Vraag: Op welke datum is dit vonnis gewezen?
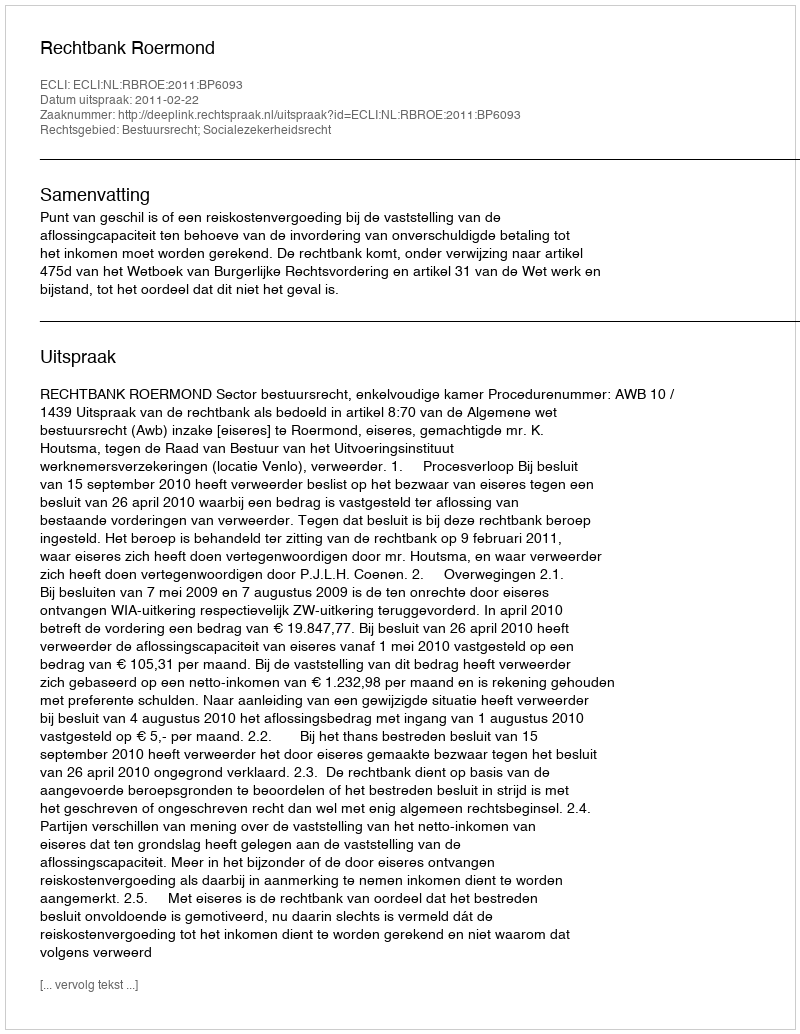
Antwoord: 2011-02-22